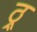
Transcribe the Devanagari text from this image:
ठ्र्